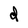
Character: d